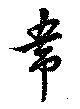
韋